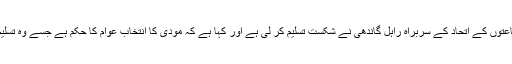
اپوزیشن جماعتوں کے اتحاد کے سربراہ راہل گاندھی نے شکست تسلیم کر لی ہے اور کہا ہے کہ مودی کا انتخاب عوام کا حکم ہے جسے وہ تسلیم کرتے ہیں۔